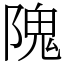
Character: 隗